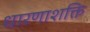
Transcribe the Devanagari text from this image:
धारणाशक्ति